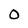
Character: 0